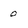
Character: 0